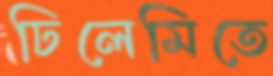
ঢিলেমিতে